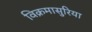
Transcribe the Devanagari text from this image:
विक्रमासुरिया